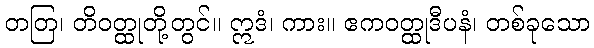
တတြ၊ တိဝတ္ထုတို့တွင်။ ဣဒံ၊ ကား။ ဧကဝတ္ထုဒီပနံ၊ တစ်ခုသော